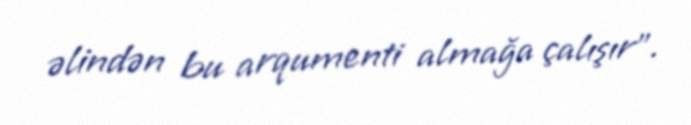
əlindən bu arqumenti almağa çalışır”.